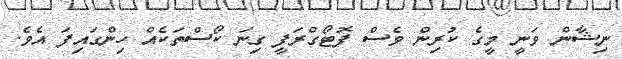
ނިޝާން ވަނީ މީގެ ކުރިން ވެސް ފޮޓޯގްރަފީ ގިނަ ކޯސްތަކެއް ހިންގައިފަ އެވެ.